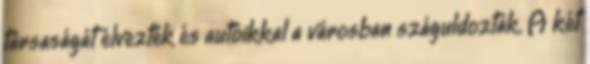
társaságát élvezték és autóikkal a városban száguldoztak. A két